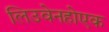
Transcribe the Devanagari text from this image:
लिउवेनहोएक